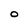
Character: O